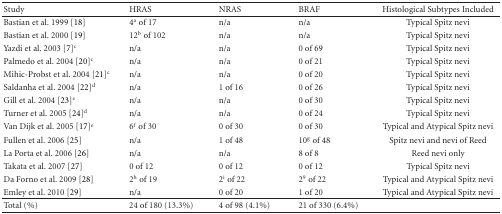
| Study | HRAS | NRAS | BRAF | Histological Subtypes Included |
 | --- | --- | --- | --- | --- |
 | Bastian et al. 1999 [18] | 4a of 17 | n/a | n/a | Typical Spitz nevi |
 | Bastian et al. 2000 [19] | 12b of 102 | n/a | n/a | Typical Spitz nevi |
 | Yazdi et al. 2003 [7]c | n/a | n/a | 0 of 69 | Typical Spitz nevi |
 | Palmedo et al. 2004 [20]c | n/a | n/a | 0 of 21 | Typical Spitz nevi |
 | Mihic-Probst et al. 2004 [21]c | n/a | n/a | 0 of 20 | Typical Spitz nevi |
 | Saldanha et al. 2004 [22]d | n/a | 1 of 16 | 0 of 26 | Typical Spitz nevi |
 | Gill et al. 2004 [23]e | n/a | n/a | 0 of 30 | Typical Spitz nevi |
 | Turner et al. 2005 [24]d | n/a | n/a | 0 of 24 | Typical Spitz nevi |
 | Van Dijk et al. 2005 [17]e | 6f of 30 | 0 of 30 | 0 of 30 | Typical and Atypical Spitz nevi |
 | Fullen et al. 2006 [25] | n/a | 1 of 48 | 10g of 48 | Spitz nevi and nevi of Reed |
 | La Porta et al. 2006 [26] | n/a | n/a | 8 of 8 | Reed nevi only |
 | Takata et al. 2007 [27] | 0 of 12 | 0 of 12 | 0 of 12 | Typical Spitz nevi |
 | Da Forno et al. 2009 [28] | 2h of 19 | 2i of 22 | 29 of 22 | Typical and Atypical Spitz nevi |
 | Emley et al. 2010 [29] | n/a | 0 of 20 | 1 of 20 | Typical and Atypical Spitz nevi |
 | Total (%) | 24 of 180 (13.3%) | 4 of 98 (4.1%) | 21 of 330 (6.4%) |  |